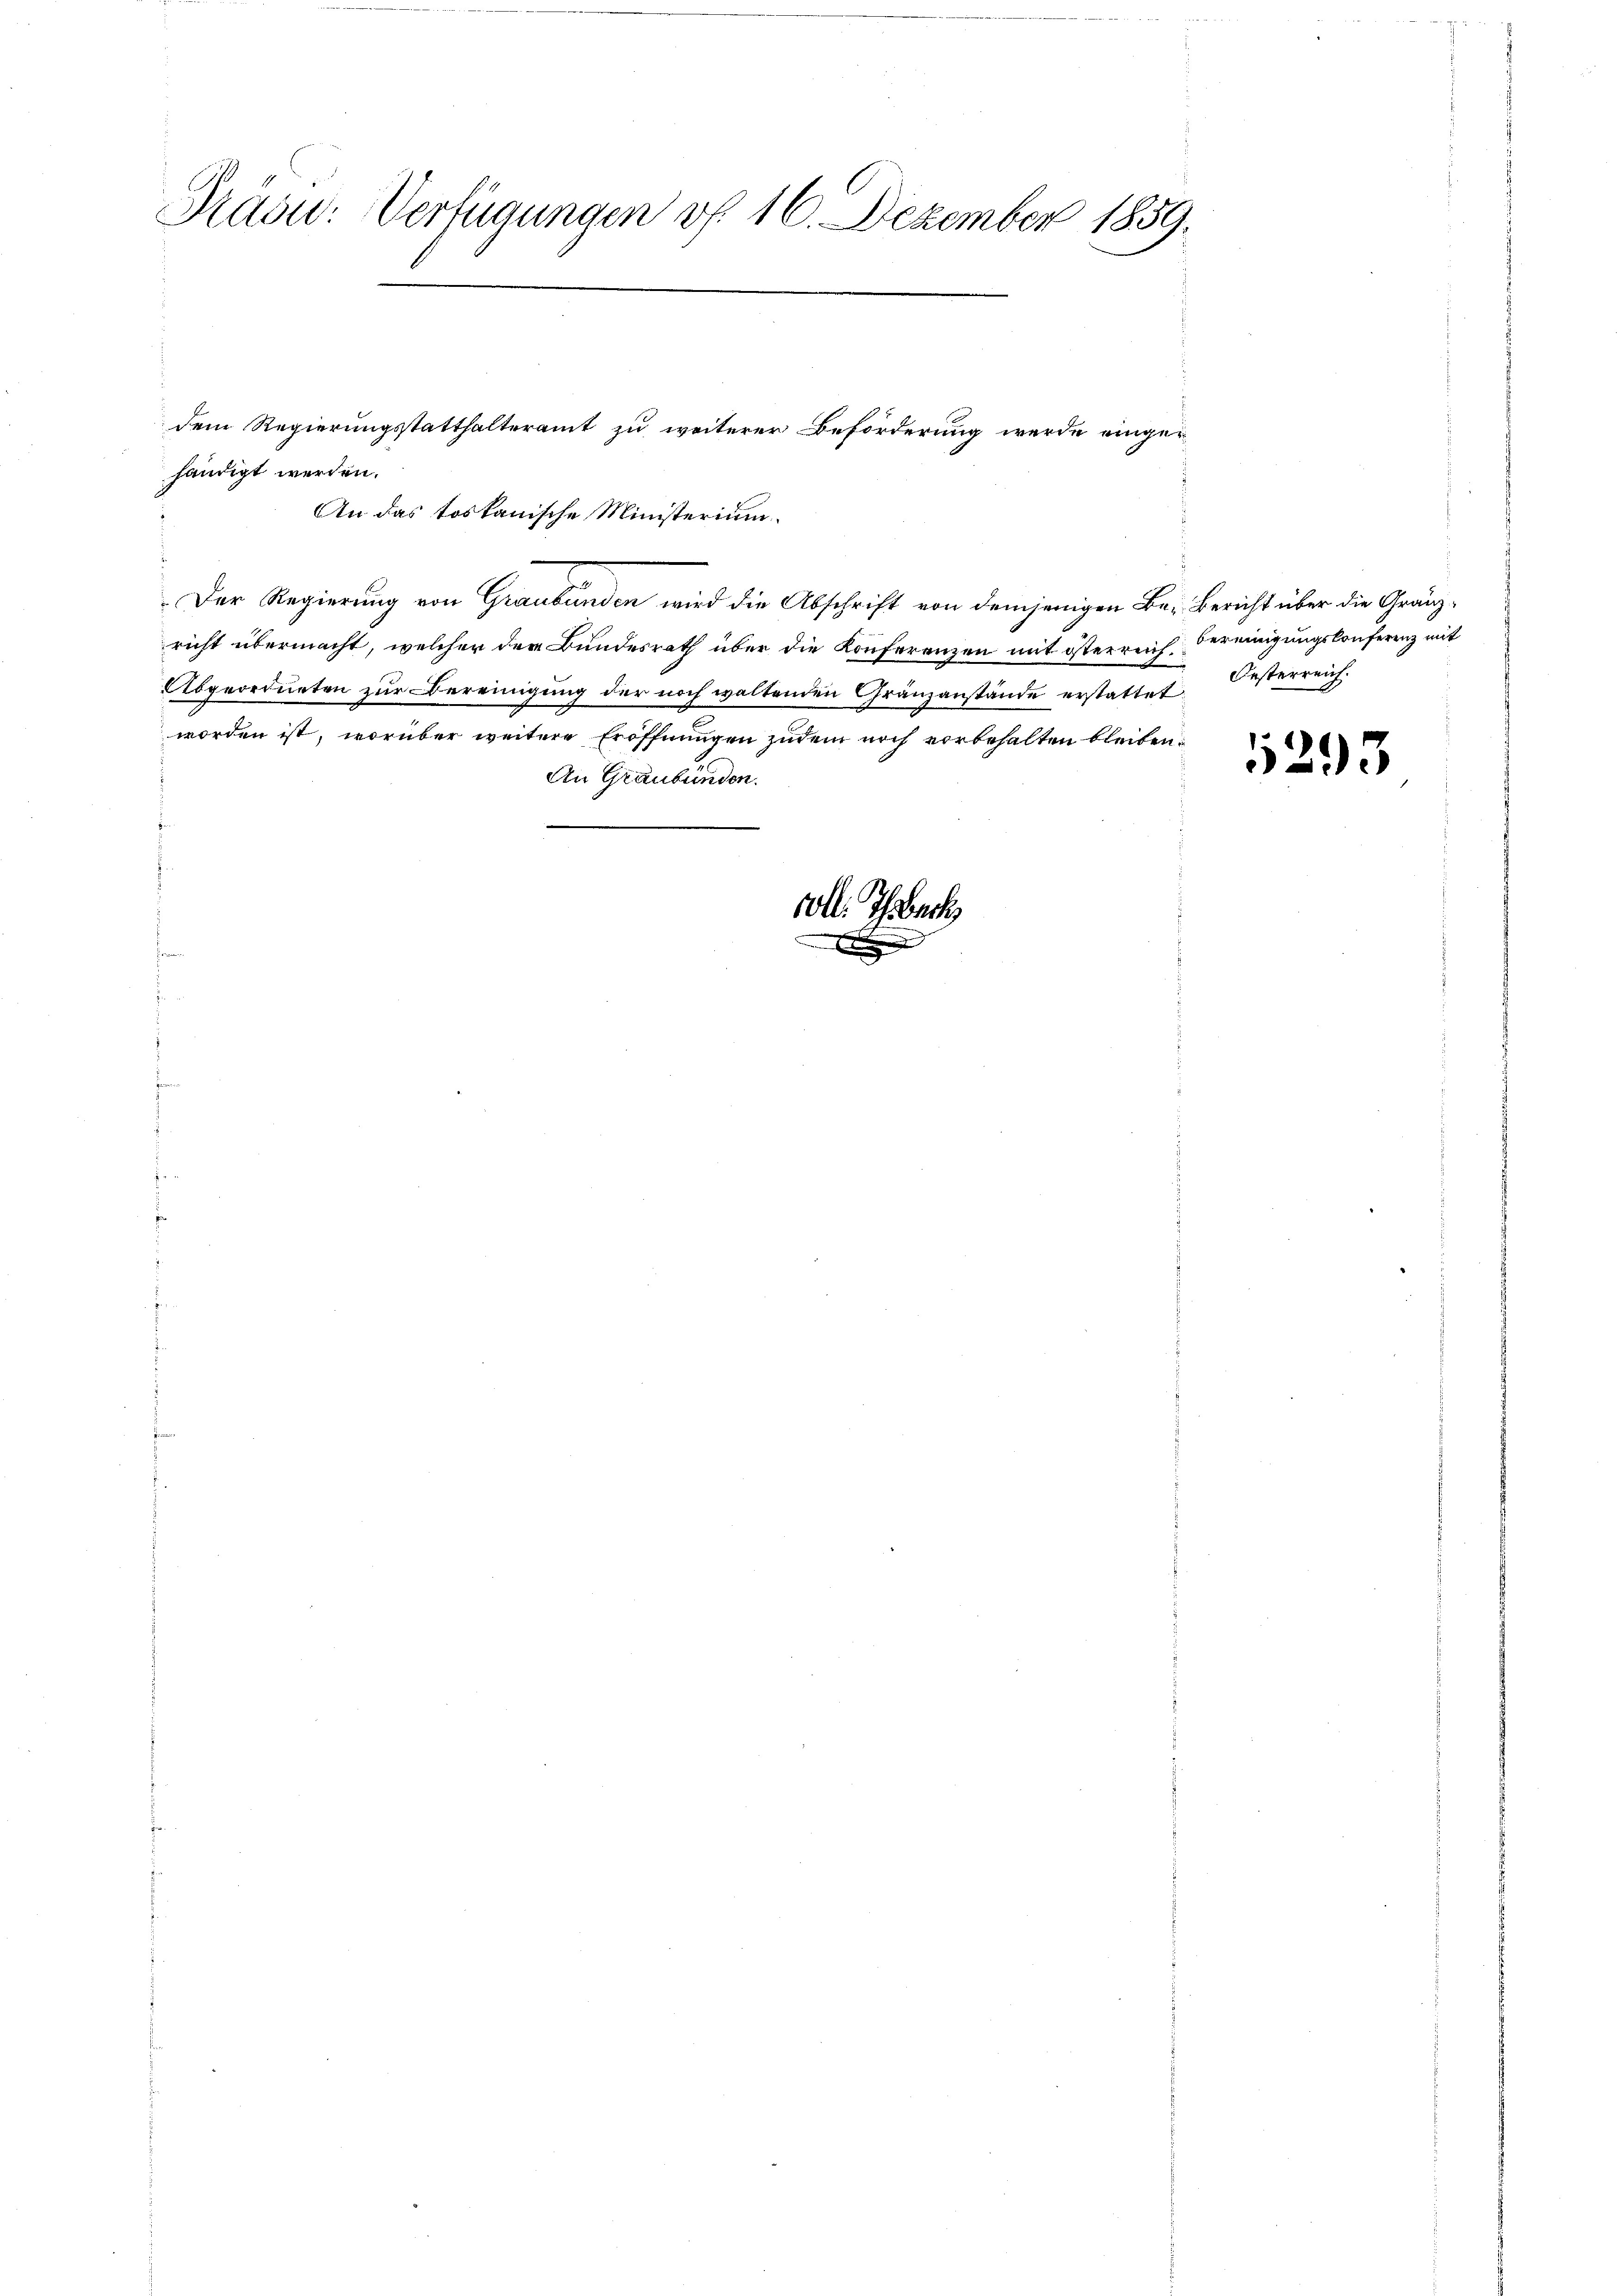
Präsid. Verfügungen vf. 16. Dezember 1859.

ver

dem Regierungsstatthalteramt zu weiterer Beförderung werde eingerhändigt werden.
An das toskanische Ministerium.
Der Regierung von Graubünden wird die Abschrift von demjenigen Be-Bericht über die Gränzricht übermacht, welcher der Bundesrath über die Konferenzen mit österreich Vereinigungskonferenz mit
Abgeordneten zur Bereinigung der noch waltenden Gränzanstände erstattet Oesterreich.
worden ist, worüber weitere Eröffnungen zudem noch vorbehalten bleiben.
An Graubünden.
voll. Ich
.

293